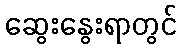
ဆွေးနွေးရာတွင်